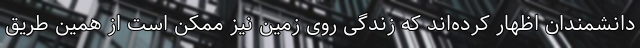
دانشمندان اظهار کرده‌اند که زندگی روی زمین نیز ممکن است از همین طریق